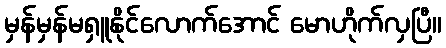
မှန်မှန်မရှူနိုင်လောက်အောင် မောဟိုက်လှပြီ။